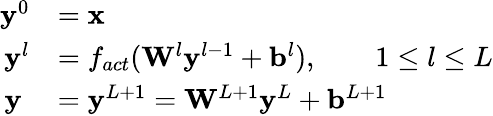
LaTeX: \begin{array}{rl}{\mathbf{y}^{0}}&{=\mathbf{x}}\\ {\mathbf{y}^{l}}&{=f_{act}(\mathbf{W}^{l}\mathbf{y}^{l-1}+\mathbf{b}^{l}),\qquad 1\le l\le L}\\ {\mathbf{y}\; }&{=\mathbf{y}^{L+1}=\mathbf{W}^{L+1}\mathbf{y}^{L}+\mathbf{b}^{L+1}}\end{array}